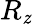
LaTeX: R_{\mathit{z}}